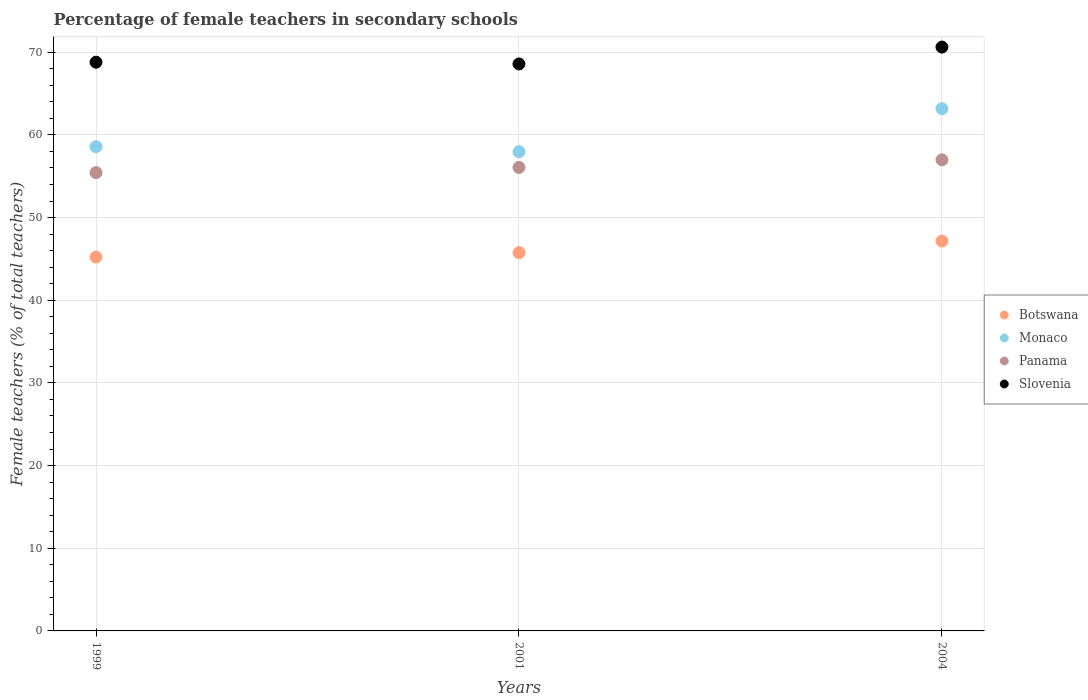
| Years | Botswana | Monaco | Panama | Slovenia |
 | --- | --- | --- | --- | --- |
 | 1999 | 45.2 | 58.6 | 55.4 | 68.8 |
 | 2001 | 45.8 | 58 | 56.1 | 68.6 |
 | 2004 | 47.2 | 63.2 | 57 | 70.6 |